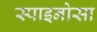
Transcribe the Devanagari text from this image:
स्पाइनोसा